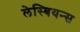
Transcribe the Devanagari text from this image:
लेस्बियन्स